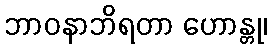
ဘာဝနာဘိရတာ ဟောန္တု၊